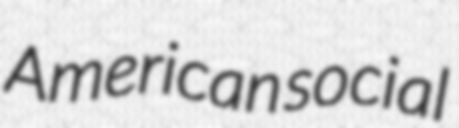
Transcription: American social